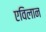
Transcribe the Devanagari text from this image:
एविलान